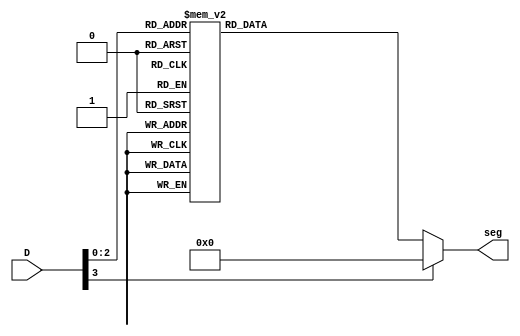
module BinTo_7segDecoder (
  input [3:0] D,
  output reg [6:0] seg
);
  always @*
    case (D)
      4'b0000: seg = 7'b1000000;      // Digit 0
      4'b0001: seg = 7'b1111001;      // Digit 1
      4'b0010: seg = 7'b0100100;      // Digit 2
      4'b0011: seg = 7'b0110000;      // Digit 3
      4'b0100: seg = 7'b0011001;      // Digit 4
      4'b0101: seg = 7'b0010010;      // Digit 5
      4'b0110: seg = 7'b0000010;      // Digit 6
      4'b0111: seg = 7'b1111000;      // Digit 7
      default: seg = 7'b0000000;      // Blank display
    endcase
endmodule